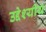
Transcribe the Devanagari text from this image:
उद्देश्यीय